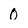
Character: 0